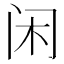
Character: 闲